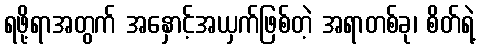
ရဖို့ရာအတွက် အနှောင့်အယှက်ဖြစ်တဲ့ အရာတစ်ခု၊ စိတ်ရဲ့